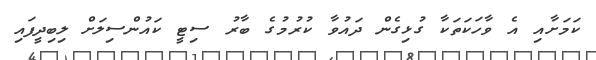
ކަމަށާއި އެ ވާހަކަތަކާ ގުޅިގެން ދައުވާ ކުރުމުގެ ބާރު ސިޓީ ކައުންސިލަށް ލިބިދީފައި